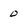
Character: 0